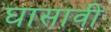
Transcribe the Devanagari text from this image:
घासावी